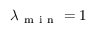
\lambda _ { \mathrm { ~ m ~ i ~ n ~ } } = 1